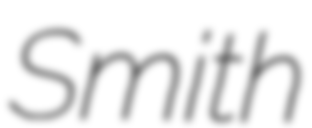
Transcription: Smith